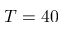
T = 4 0